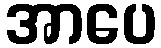
အာပေ